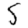
Digit: 5